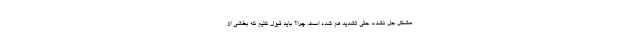
مشکل حل نشده، حتی تشدید هم شده است. چرا؟ باید قبول کنیم که بخشی از